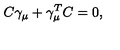
C \gamma _ { \mu } + \gamma _ { \mu } ^ { T } C = 0 ,